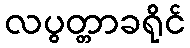
လပွတ္တာခရိုင်